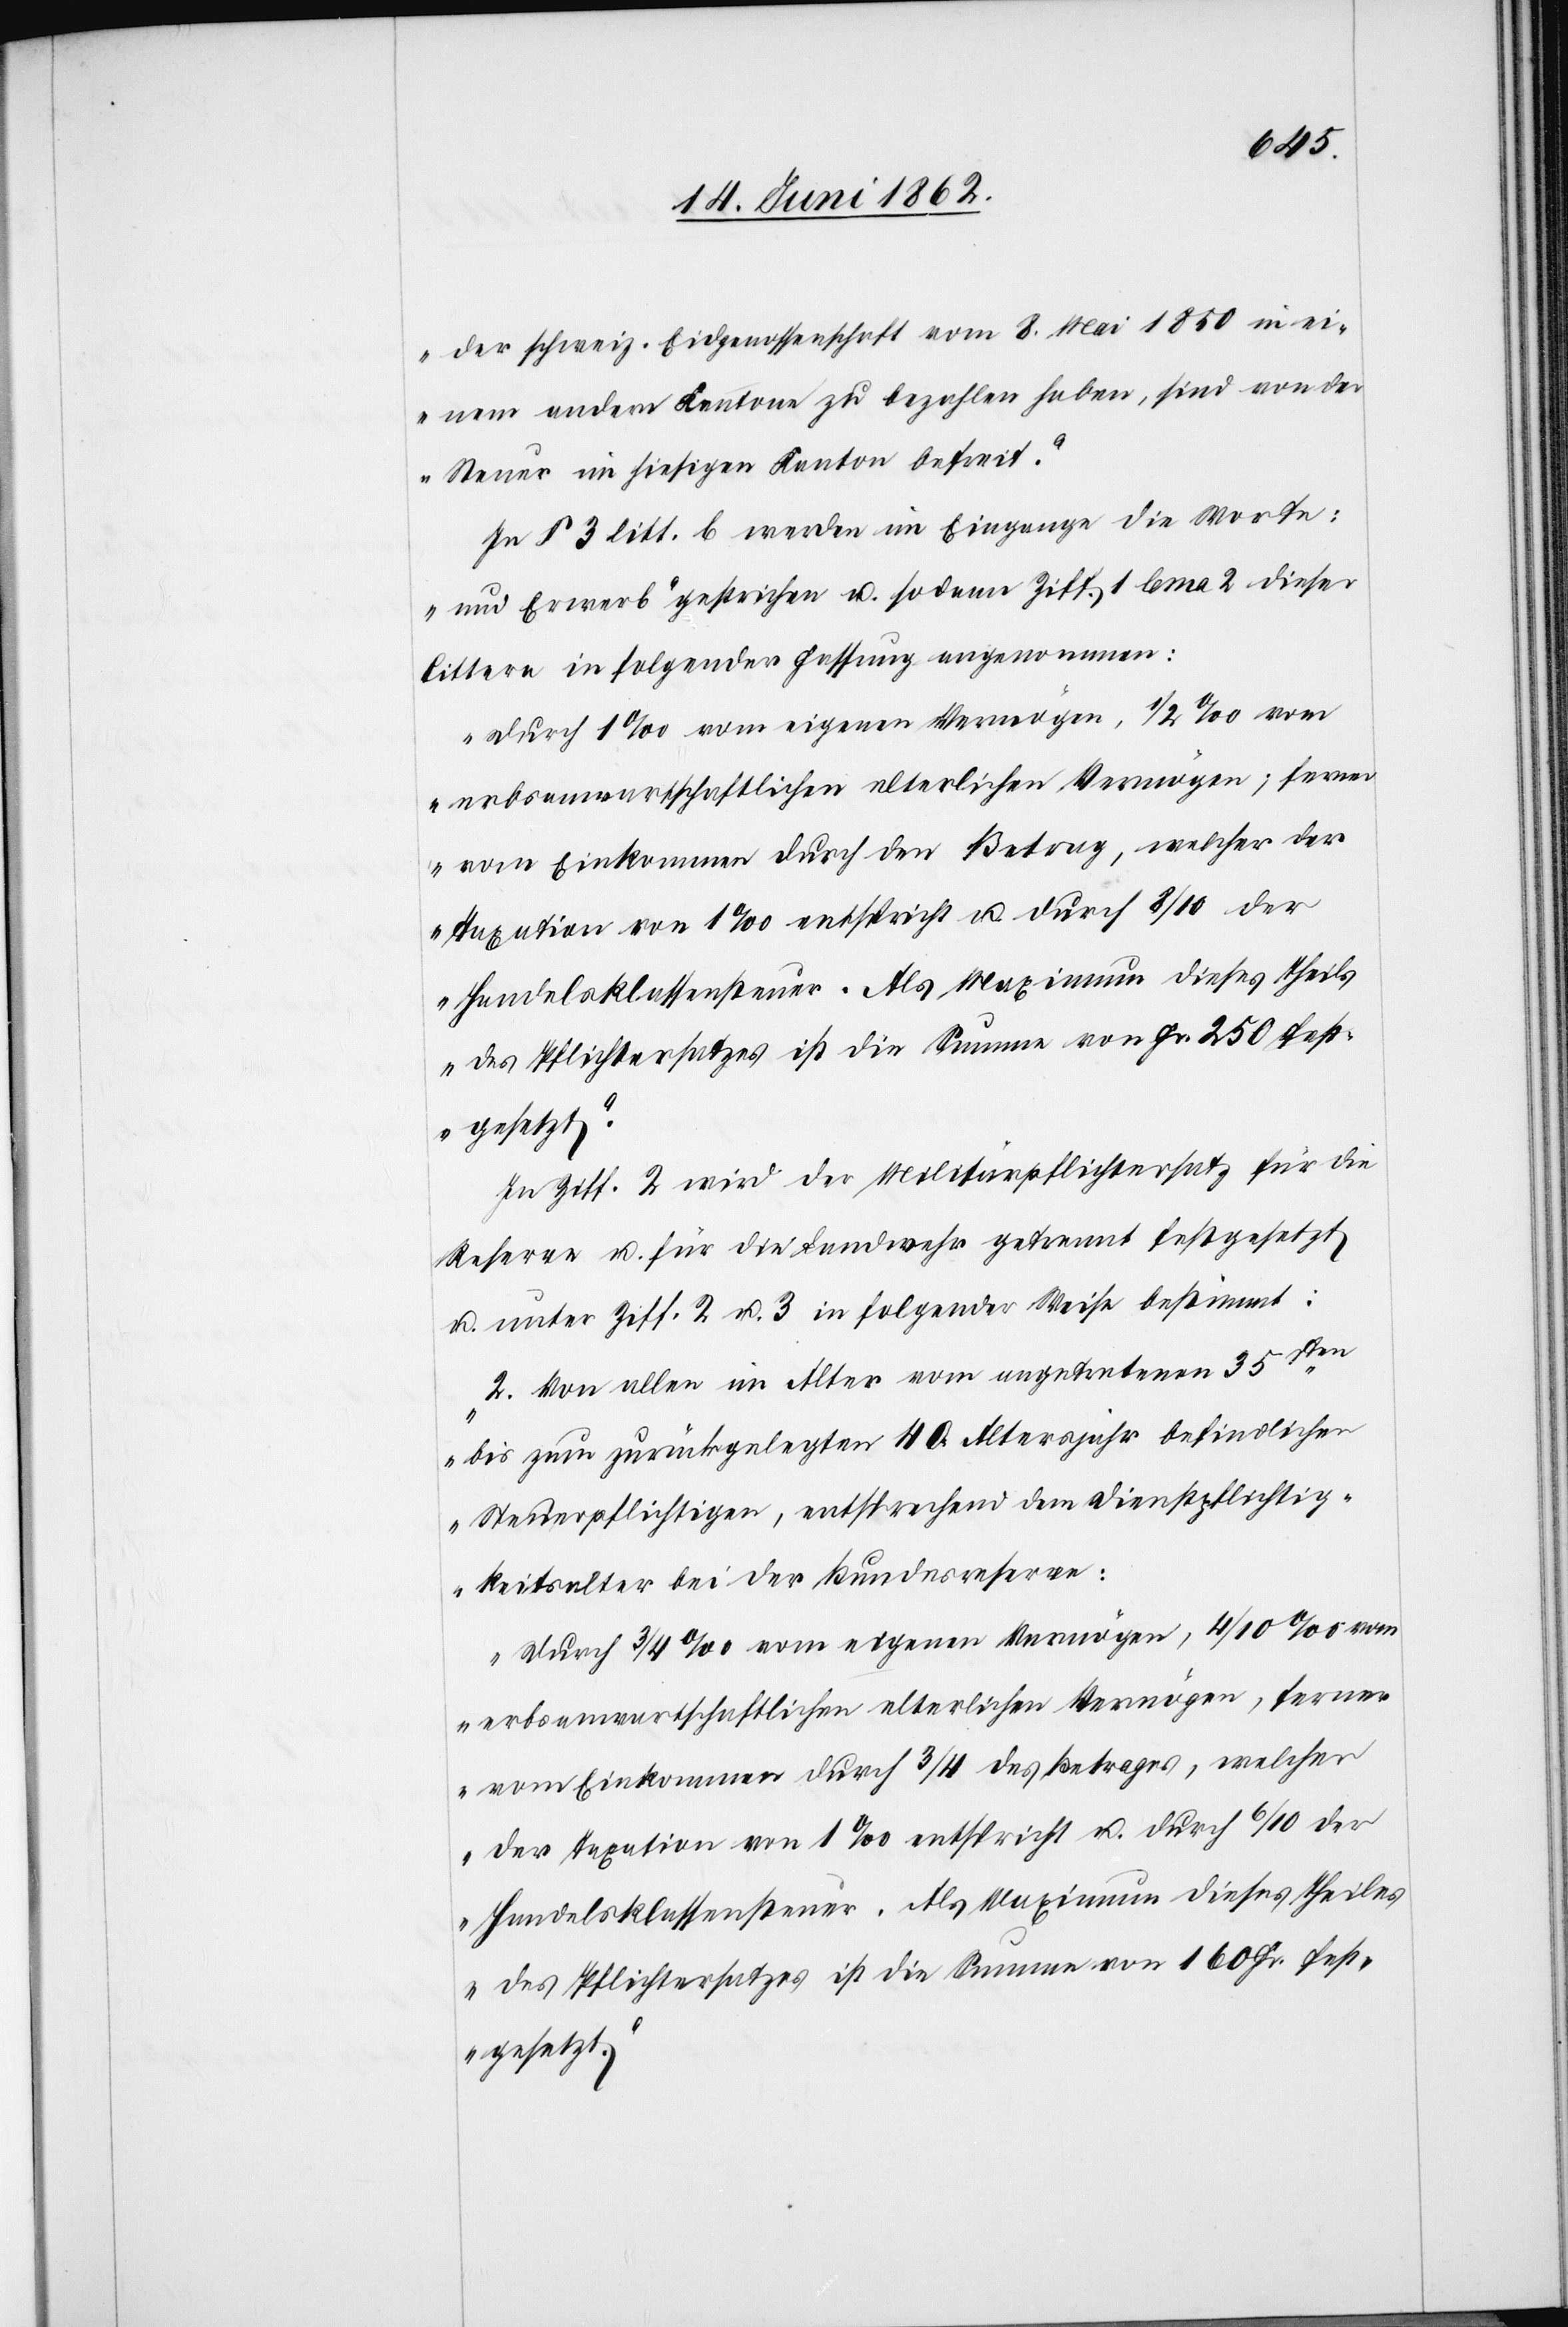
der schweiz. Eidgenossenschaft vom 8. Mai 1850 in ei¬
nem andern Kantone zu bezahlen haben, sind von de¬
r Steuer im hiesigen Kanton befreit.“
In § 3 litt. b werden im Eingange die Worte:
„und Erwerb“ gestrichen u. sodann Ziff. 1 lema 2 dieser
littera in folgender Fassung angenommen:
„Durch 1‰ vom eigenen Vermögen, 1/2‰ vom
erbsanwartschaftlichen elterlichen Vermögen; ferner
vom Einkommen durch den Betrag, welcher der
Taxation von 1‰ entspricht u. durch 8/10 der
Handelsklassensteuer. Als Maximum dieses Theils
des Pflichtersatzes ist die Summe von Fr. 250 fest¬
gesetzt.“
In Ziff. 2. wird der Militärpflichtersatz für die
Reserve u. für die Landwehr getrennt festgesetzt
u. unter Ziff. 2 u. 3 in folgender Weise bestimmt:
„2. Von allen im Alter vom angetretenen 35sten
bis zum zurückgelegten 40. Altersjahr befindlichen
Steuerpflichtigen, entsprechend dem Dienstpflichtig¬
keitsalter bei der Bundesreserve:
Durch 3/4‰ vom eigenen Vermögen, 4/10‰ vom
erbsanwartschaftlichen elterlichen Vermögen, ferner
vom Einkommen durch 3/4 des Betrages, welcher
der Taxation von 1‰ entspricht u. durch 6/10 der
Handelsklassensteuer. Als Maximum dieses Theiles
des Pflichtersatzes ist die Summe von 160 Fr. fest¬
gesetzt.“